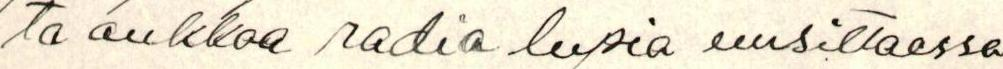
ta aukkoa radio lupa uusittaessa